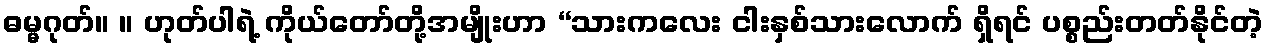
ဓမ္မဂုတ်။ ။ ဟုတ်ပါရဲ့ ကိုယ်တော်တို့အမျိုးဟာ “သားကလေး ငါးနှစ်သားလောက် ရှိရင် ပစ္စည်းတတ်နိုင်တဲ့